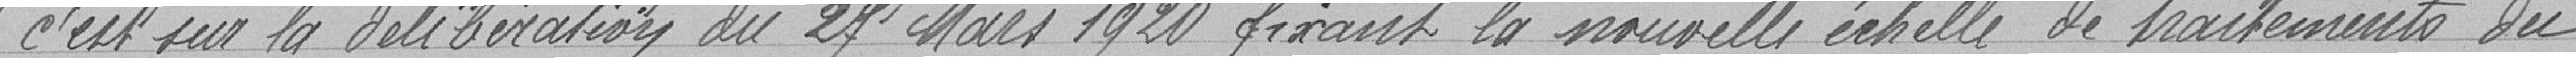
c'est sur la délibération du 21 Mars 1920 fixant la nouvelle échelle des traitements du